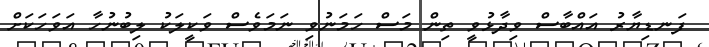
ފަނޑިޔާރު އައްބާސް ވިދާޅުވީ ތިން މަސް ހަމަނުވި ނަމަވެސް ވަކީލަކު ލިބުނުހާ އަވަހަކަށް